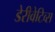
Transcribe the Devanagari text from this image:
डेरीवेटिव्स